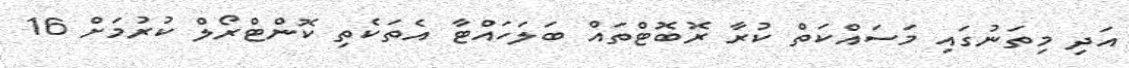
އަދި މިތަނުގައި މަސައްކަތް ކުރާ ރޮބޮޓްތައް ބަލަހައްޓާ އެތަކެތި ކޮންޓްރޯލް ކުރުމަށް 16